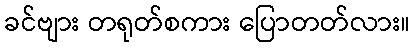
ခင်ဗျား တရုတ်စကား ပြောတတ်လား။